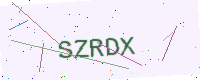
Text: SZRDX